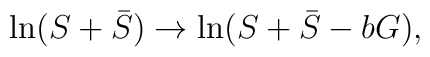
\ln (S+\bar{S}) \rightarrow \ln (S+\bar{S}-bG) ,